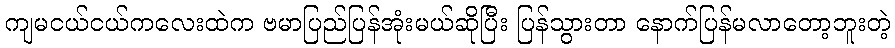
ကျမငယ်ငယ်ကလေးထဲက ဗမာပြည်ပြန်အုံးမယ်ဆိုပြီး ပြန်သွားတာ နောက်ပြန်မလာတော့ဘူးတဲ့